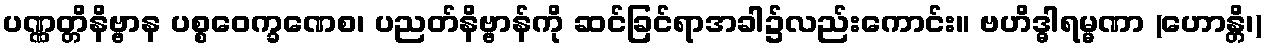
ပဏ္ဏတ္တိနိဗ္ဗာန ပစ္စဝေက္ခဏေစ၊ ပညတ်နိဗ္ဗာန်ကို ဆင်ခြင်ရာအခါ၌လည်းကောင်း။ ဗဟိဒ္ဓါရမ္မဏာ (ဟောန္တိ၊)